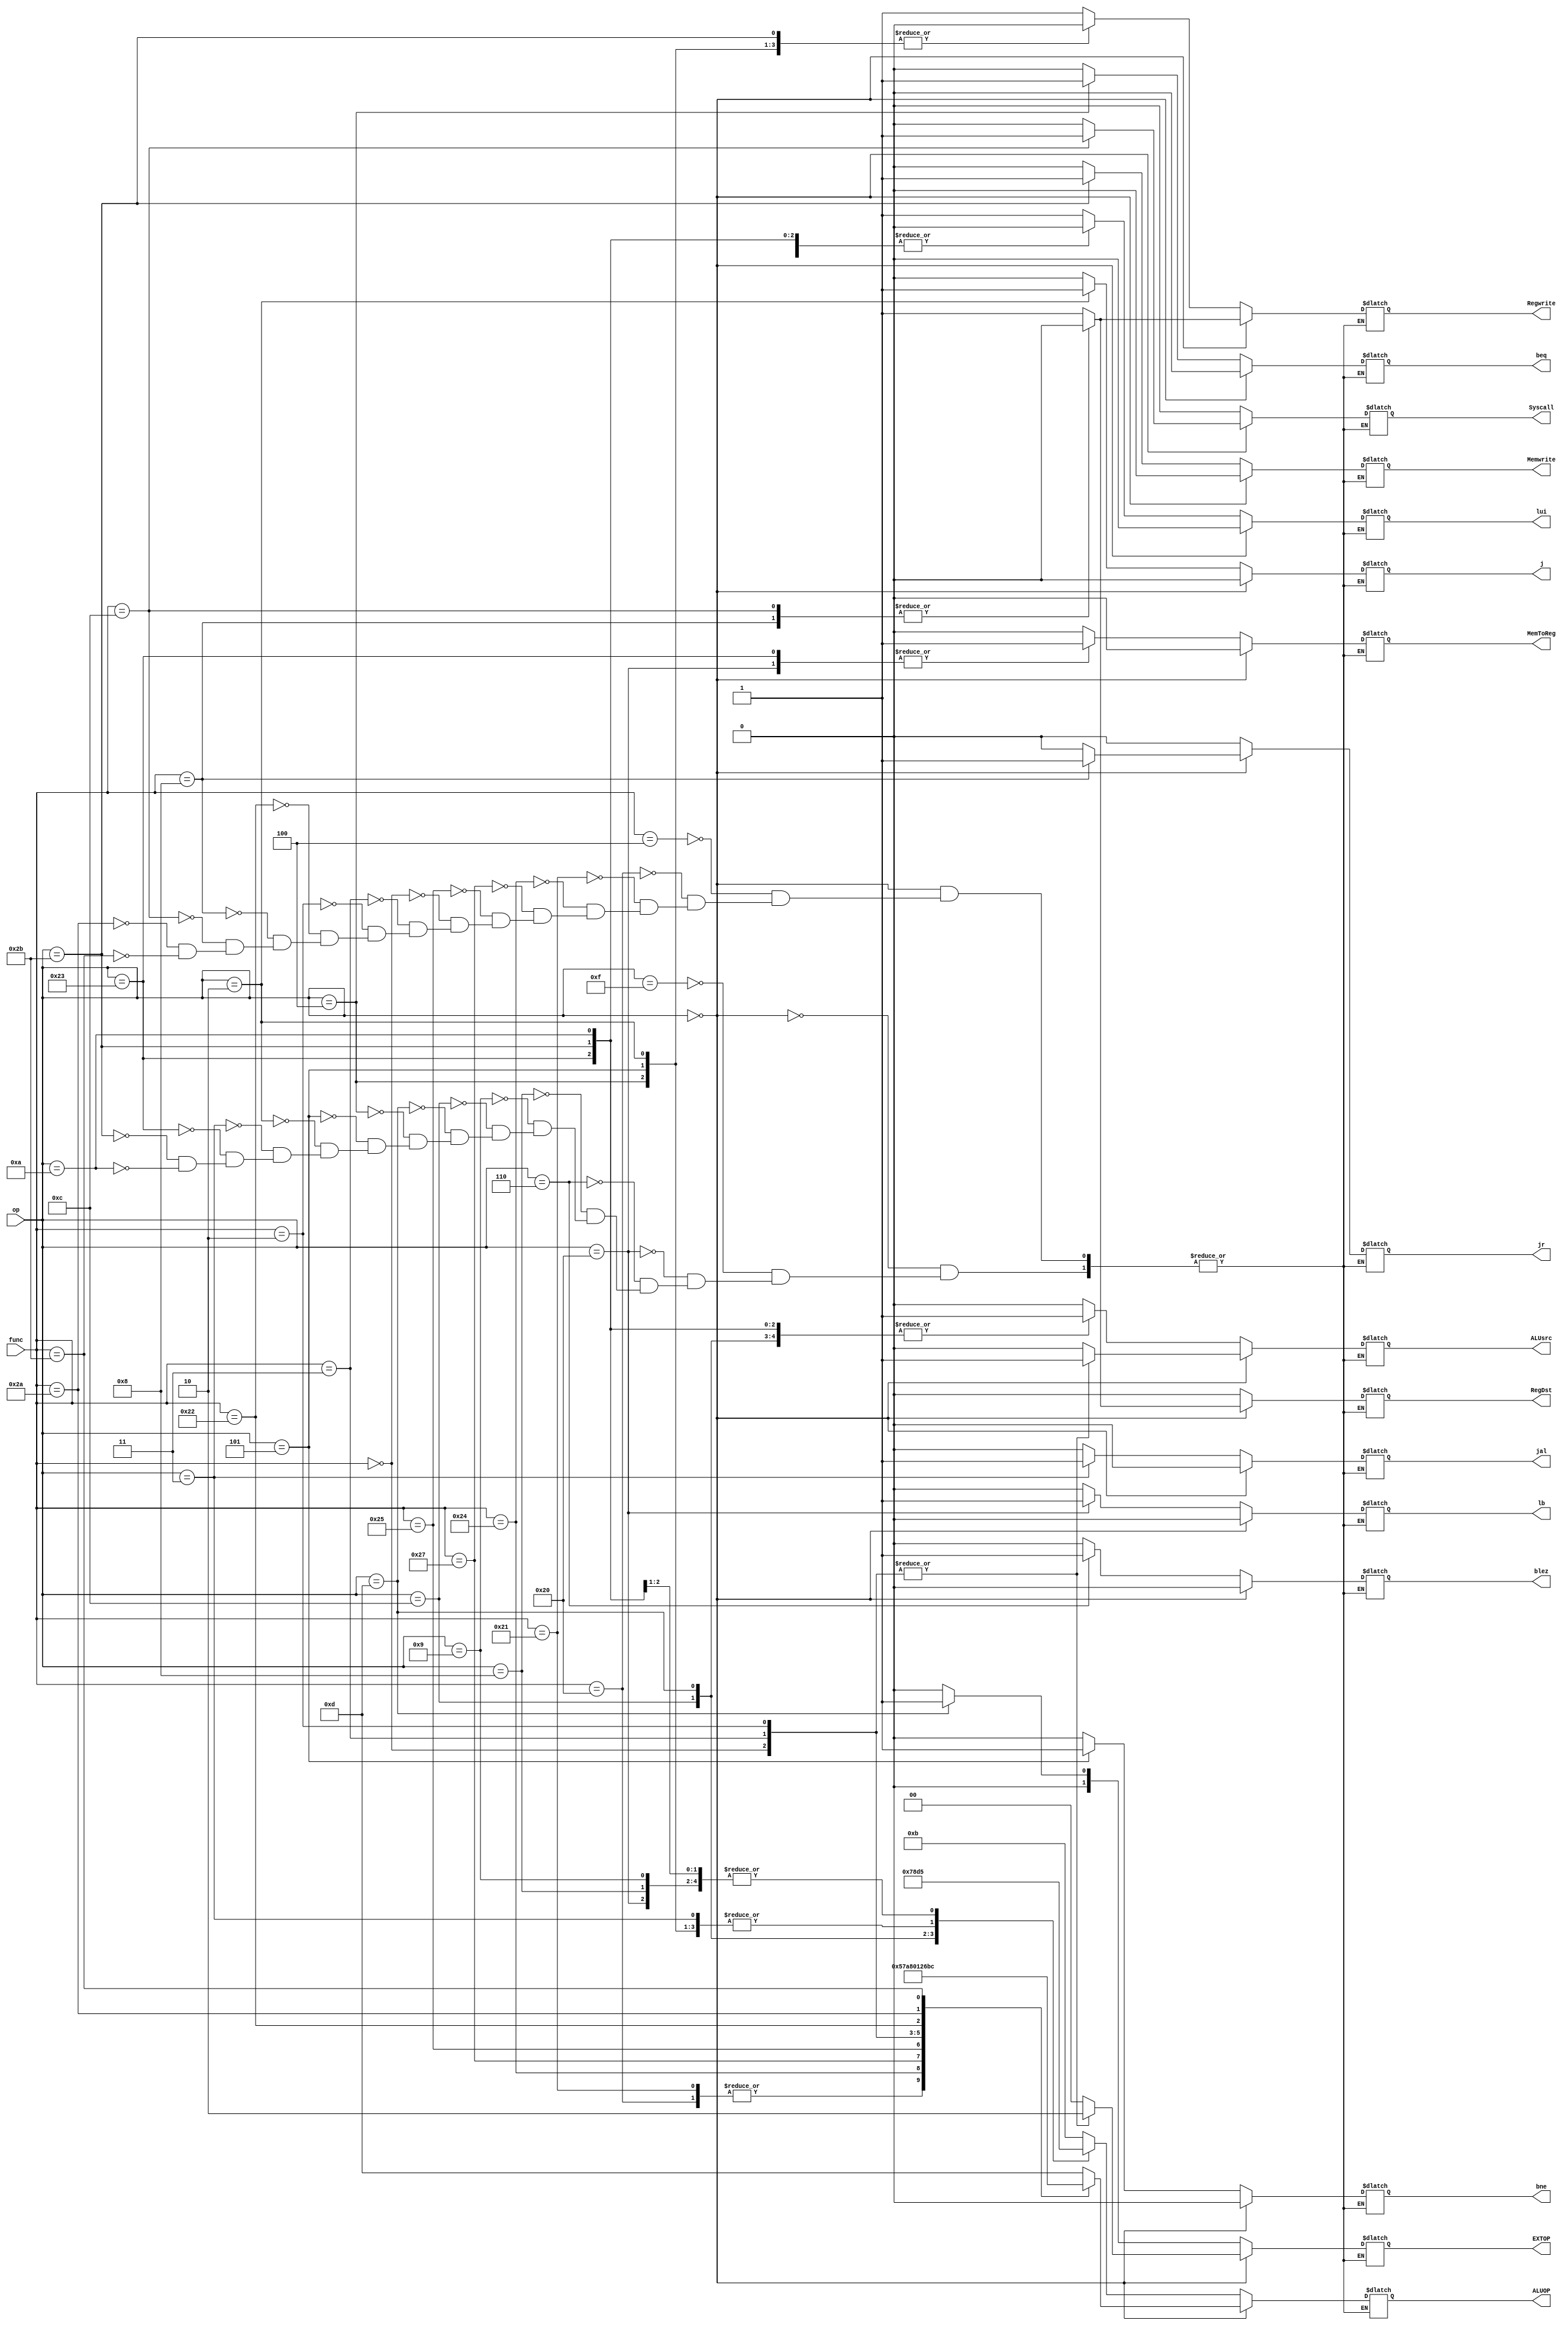
`timescale 1ns / 1ps
//////////////////////////////////////////////////////////////////////////////////
// Company: 
// Engineer: 
// 
// Design Name: 
// Module Name: controller
// Project Name: 
// Target Devices: 
// Tool Versions: 
// Description: 
// 
// Dependencies: 
// 
// Revision:
// Revision 0.01 - File Created
// Additional Comments:
// 
//////////////////////////////////////////////////////////////////////////////////


module controller(op,func,Syscall,ALUOP,jr,jal,j,bne,beq,EXTOP,Memwrite,MemToReg,Regwrite,ALUsrc,RegDst,lb,blez, lui);
    input [5:0]op;
    input [5:0]func;
    output reg  Syscall;
    output reg [3:0]ALUOP;//ALU
    output reg jr,jal,j,bne,beq;//
    output reg [1:0]EXTOP;//
    output reg Memwrite, MemToReg,Regwrite,ALUsrc,RegDst;
    output reg lb; //CCMB,lb, mode
    output reg blez;    //ccmb,blez
    output reg lui;    //ccmb,lui
    //
    always @(*)
    begin
        if(op == 6'b000000) begin//13 special instructions
            case(func)
                6'b000100:begin//sllv
                    jr <=0;
                    jal <=0;
                    j<=0;
                    bne<=0;
                    beq <=0;
                    blez <= 0;
                    Memwrite <=0;
                    MemToReg<=0;
                    ALUsrc <=0;
                    Syscall <=0;
                    RegDst <= 1;
                    Regwrite <= 1;
                    EXTOP <= 2'b00;
                    ALUOP <= 4'b1101;
                    lb <= 1'b0;
                    lui <= 0;
                end
                6'b100000:begin//add
                    jr <=0;
                    jal <=0;
                    j<=0;
                    bne<=0;
                    beq <=0;
                    blez <= 0;
                    Memwrite <=0;
                    MemToReg<=0;
                    ALUsrc <=0;
                    Syscall <=0;
                    RegDst <= 1;
                    Regwrite <= 1;
                    EXTOP <= 2'b00;
                    ALUOP <= 4'b0101;
                    lb <= 1'b0;
                    lui <= 0;
                end
                6'b100001:begin//addu
                    jr <=0;
                    jal <=0;
                    j<=0;
                    bne<=0;
                    beq <=0;
                    blez <= 0;
                    Memwrite <=0;
                    MemToReg<=0;
                    ALUsrc <=0;
                    Syscall <=0;
                    RegDst <= 1;
                    Regwrite <= 1;
                    EXTOP <= 2'b00;
                    ALUOP <= 4'b0101;
                    lb <= 1'b0;
                    lui <= 0;
                end
                6'b100100:begin//and
                    jr <=0;
                    jal <=0;
                    j<=0;
                    bne<=0;
                    beq <=0;
                    blez <= 0;
                    Memwrite <=0;
                    MemToReg<=0;
                    ALUsrc <=0;
                    Syscall <=0;
                    RegDst <= 1;
                    Regwrite <= 1;
                    EXTOP <= 2'b00;
                    ALUOP <= 4'b0111;
                    lb <= 1'b0;
                    lui <= 0;
                end
                6'b100111:begin//nor
                    jr <=0;
                    jal <=0;
                    j<=0;
                    bne<=0;
                    beq <=0;
                    blez <= 0;
                    Memwrite <=0;
                    MemToReg<=0;
                    ALUsrc <=0;
                    Syscall <=0;
                    RegDst <= 1;
                    Regwrite <= 1;
                    EXTOP <= 2'b00;
                    ALUOP <= 4'b1010;
                    lb <= 1'b0;
                    lui <= 0;
                end
                6'b100101:begin//or
                    jr <=0;
                    jal <=0;
                    j<=0;
                    bne<=0;
                    beq <=0;
                    blez <= 0;
                    Memwrite <=0;
                    MemToReg<=0;
                    ALUsrc <=0;
                    Syscall <=0;
                    RegDst <= 1;
                    Regwrite <= 1;
                    EXTOP <= 2'b00;
                    ALUOP <= 4'b1000;
                    lb <= 1'b0;
                    lui <= 0;
                end
                6'b000000:begin//sll
                    jr <=0;
                    jal <=0;
                    j<=0;
                    bne<=0;
                    beq <=0;
                    blez <= 0;
                    Memwrite <=0;
                    MemToReg<=0;
                    Syscall <=0;
                    RegDst <= 1;
                    Regwrite <= 1;
                    ALUsrc <= 1;
                    EXTOP <= 2'b10;
                    ALUOP <= 4'b0000;
                    lb <= 1'b0;
                    lui <= 0;
                end
                6'b000011:begin//sra
                    jr <=0;
                    jal <=0;
                    j<=0;
                    bne<=0;
                    beq <=0;
                    blez <= 0;
                    Memwrite <=0;
                    MemToReg<=0;
                    Syscall <=0;
                    RegDst <= 1;
                    Regwrite <= 1;
                    ALUsrc <= 1;
                    EXTOP <= 2'b10;
                    ALUOP <= 4'b0001;
                    lb <= 1'b0;
                    lui <= 0;
                end
                6'b000010:begin//srl
                    jr <=0;
                    jal <=0;
                    j<=0;
                    bne<=0;
                    beq <=0;
                    blez <= 0;
                    Memwrite <=0;
                    MemToReg<=0;
                    Syscall <=0;
                    RegDst <= 1;
                    Regwrite <= 1;
                    ALUsrc <= 1;
                    EXTOP <= 2'b10;
                    ALUOP <= 4'b0010;
                    lb <= 1'b0;
                    lui <= 0;
                end
                6'b100010:begin//sub
                    jr <=0;
                    jal <=0;
                    j<=0;
                    bne<=0;
                    beq <=0;
                    blez <= 0;
                    Memwrite <=0;
                    MemToReg<=0;
                    ALUsrc <=0;
                    Syscall <=0;
                    RegDst <= 1;
                    Regwrite <= 1;
                    EXTOP <= 2'b00;
                    ALUOP <= 4'b0110;
                    lb <= 1'b0;
                    lui <= 0;
                end
                6'b001000:begin//jr
                    jal <=0;
                    j<=0;
                    bne<=0;
                    beq <=0;
                    blez <= 0;
                    Memwrite <=0;
                    MemToReg<=0;
                    ALUsrc <=0;
                    RegDst <= 0;
                    Regwrite <= 0;
                    Syscall <=0;
                    jr <= 1;
                    EXTOP <= 2'b00;
                    ALUOP <= 4'b1101;
                    lb <= 1'b0;
                    lui <= 0;
                end
                6'b001100:begin//syscall
                    Syscall <= 1;
                    jal <=0;
                    j<=0;
                    bne<=0;
                    beq <=0;
                    blez <= 0;
                    Memwrite <=0;
                    MemToReg<=0;
                    ALUsrc <=0;
                    RegDst <= 0;
                    Regwrite <= 0;
                    jr <= 0;
                    EXTOP <= 2'b00;
                    ALUOP <= 4'b1101;
                    lb <= 1'b0;
                    lui <= 0;
                end
                6'b101010:begin//slt
                    RegDst <= 1;
                    Regwrite <= 1;
                    Syscall <= 0;
                    jal <=0;
                    j<=0;
                    bne<=0;
                    beq <=0;
                    blez <= 0;
                    Memwrite <=0;
                    MemToReg<=0;
                    ALUsrc <=0;
                    jr <= 0;
                    EXTOP <= 2'b00;
                    ALUOP <= 4'b1011;
                    lb <= 1'b0;
                    lui <= 0;
                end
                6'b101011:begin//sltu
                    RegDst <= 1;
                    Regwrite <= 1;
                    Syscall <= 0;
                    jal <=0;
                    j<=0;
                    bne<=0;
                    beq <=0;
                    blez <= 0;
                    Memwrite <=0;
                    MemToReg<=0;
                    ALUsrc <=0;
                    jr <= 0;
                    EXTOP <= 2'b00;
                    ALUOP <= 4'b1100;
                    lb <= 1'b0;
                    lui <= 0;
                end
            endcase
        end
        else begin
            case(op)//11
                6'b001111:begin//lui
                    Regwrite <= 1;
                    ALUsrc <= 0;
                    RegDst <= 0;
                    Syscall <= 0;
                    jal <=0;
                    j <=0;
                    bne <=0;
                    beq <=0;
                    blez <= 0;
                    Memwrite <=0;
                    MemToReg<=0;
                    jr <= 0;
                    EXTOP <= 2'b00;
                    ALUOP <= 4'b1011;
                    lb <= 1'b0;
                    lui <= 1;
                end
                6'b100000:begin//lb
                    Regwrite <= 1;
                    ALUsrc <= 1;
                    RegDst <= 0;
                    Syscall <= 0;
                    jal <=0;
                    j <=0;
                    bne <=0;
                    beq <=0;
                    blez <= 0;
                    Memwrite <=0;
                    MemToReg<=1;
                    jr <= 0;
                    EXTOP <= 2'b00;
                    ALUOP <= 4'b0101;
                    lb <= 1'b1;
                    lui <= 0;
                end
                6'b000110:begin//BLEZ
                    Regwrite <= 0;
                    ALUsrc <= 0;
                    RegDst <= 0;
                    Syscall <= 0;
                    jal <=0;
                    j <=0;
                    bne <=0;
                    beq <=0;
                    blez <= 1;
                    Memwrite <=0;
                    MemToReg<=0;
                    jr <= 0;
                    EXTOP <= 2'b00;
                    ALUOP <= 4'b1011;
                    lb <= 1'b0;
                    lui <= 0;
                end
                6'b001000:begin//addi
                    Regwrite <= 1;
                    ALUsrc <= 1;
                    RegDst <= 0;
                    Syscall <= 0;
                    jal <=0;
                    j <=0;
                    bne <=0;
                    beq <=0;
                    blez <= 0;
                    Memwrite <=0;
                    MemToReg<=0;
                    jr <= 0;
                    EXTOP <= 2'b00;
                    ALUOP <= 4'b0101;
                    lb <= 1'b0;
                    lui <= 0;
                end
                6'b001001:begin//addiu
                    Regwrite <= 1;
                    ALUsrc <= 1;
                    RegDst <= 0;
                    Syscall <= 0;
                    jal <=0;
                    j<=0;
                    bne<=0;
                    beq <=0;
                    blez <= 0;
                    Memwrite <=0;
                    MemToReg<=0;
                    jr <= 0;
                    EXTOP <= 2'b00;
                    ALUOP <= 4'b0101;
                    lb <= 1'b0;
                    lui <= 0;
                end
                6'b001100:begin//andi
                    Regwrite <= 1;
                    ALUsrc <= 1;
                    Syscall <= 0;
                    jr <= 0;
                    jal <=0;
                    j <= 0;
                    bne <= 0;
                    beq <= 0;
                    blez <= 0;
                    Memwrite <=0;
                    MemToReg <= 0;
                    RegDst <= 0;
                    EXTOP <= 2'b00;
                    ALUOP <= 4'b0111;
                    lb <= 1'b0;
                    lui <= 0;
                end
                6'b001101:begin//ori
                    Regwrite <= 1;
                    ALUsrc <= 1;
                    Syscall <= 0;
                    jr <= 0;
                    jal <=0;
                    j <= 0;
                    bne <= 0;
                    beq <= 0;
                    blez <= 0;
                    Memwrite <=0;
                    MemToReg <= 0;
                    RegDst <= 0;
                    EXTOP <= 2'b01;
                    ALUOP <= 4'b1000;
                    lb <= 1'b0;
                    lui <= 0;
                end
                6'b000100:begin//beq
                    beq <= 1;
                    blez <= 0;
                    bne <= 0;
                    ALUsrc <= 0;
                    Regwrite <= 0;
                    Syscall <= 0;
                    jr <= 0;
                    jal <=0;
                    j <= 0;
                    Memwrite <=0;
                    MemToReg <= 0;
                    RegDst <= 0;
                    EXTOP <= 2'b00;
                    ALUOP <= 4'b1101;
                    lb <= 1'b0;
                    lui <= 0;
                end
                6'b000101:begin//bne
                    bne <= 1;
                    ALUsrc <= 0;
                    Regwrite <= 0;
                    Syscall <= 0;
                    jr <= 0;
                    jal <=0;
                    j <= 0;
                    beq <= 0;
                    blez <= 0;
                    Memwrite <=0;
                    MemToReg <= 0;
                    RegDst <= 0;
                    EXTOP <= 2'b00;
                    ALUOP <= 4'b1101;
                    lb <= 1'b0;
                    lui <= 0;
                end
                6'b000010:begin//j
                    j <= 1;
                    ALUsrc <= 0;
                    Regwrite <= 0;
                    Syscall <= 0;
                    jr <= 0;
                    jal <=0;
                    bne <= 0;
                    beq <= 0;
                    blez <= 0;
                    Memwrite <=0;
                    MemToReg <= 0;
                    Regwrite <= 0;
                    ALUsrc <= 0;
                    RegDst <= 0;
                    EXTOP <= 2'b00;
                    ALUOP <= 4'b1101;
                    lb <= 1'b0;
                    lui <= 0;
                end
                6'b000011:begin//jal
                    jal <= 1;
                    Regwrite <= 1;
                    ALUsrc <= 0;
                    Syscall <= 0;
                    jr <= 0;
                    j <= 0;
                    bne <= 0;
                    beq <= 0;
                    blez <= 0;
                    Memwrite <=0;
                    MemToReg <= 0;
                    ALUsrc <= 0;
                    RegDst <= 0;
                    EXTOP <= 2'b00;
                    ALUOP <= 4'b1101;
                    lb <= 1'b0;
                    lui <= 0;
                end
                6'b100011:begin//lw
                    ALUsrc <= 1;
                    Regwrite <= 1;
                    MemToReg <= 1;
                    Syscall <= 0;
                    jr <= 0;
                    jal <=0;
                    j <= 0;
                    bne <= 0;
                    beq <= 0;
                    blez <= 0;
                    Memwrite <=0;
                    RegDst <= 0;
                    EXTOP <= 2'b00;
                    ALUOP <= 4'b0101;
                    lb <= 1'b0;
                    lui <= 0;
                end
                6'b101011:begin//sw
                    ALUsrc <= 1;
                    Memwrite <= 1;
                    Regwrite <= 0;
                    Syscall <= 0;
                    jr <= 0;
                    jal <=0;
                    j <= 0;
                    bne <= 0;
                    beq <= 0;
                    blez <= 0;
                    MemToReg <= 0;
                    RegDst <= 0;
                    EXTOP <= 2'b00;
                    ALUOP <= 4'b0101;
                    lb <= 1'b0;
                    lui <= 0;
                end
                6'b001010:begin//slti
                    ALUsrc <= 1;
                    Regwrite <= 1;
                    Syscall <= 0;
                    jr <= 0;
                    jal <=0;
                    j <= 0;
                    bne <= 0;
                    beq <= 0;
                    blez <= 0;
                    Memwrite <=0;
                    MemToReg <= 0;
                    RegDst <= 0;
                    EXTOP <= 2'b00;
                    ALUOP <= 4'b1011;
                    lb <= 1'b0;
                    lui <= 0;
                end
            endcase
        end
    end
endmodule